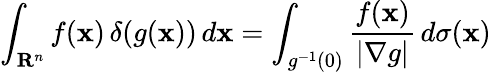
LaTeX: \int_{\mathbf{R}^{n}}f(\mathbf{x})\, \delta(g(\mathbf{x}))\, d\mathbf{x}=\int_{g^{-1}(0)}{\frac{f(\mathbf{x})}{|\mathbf{\nabla}g|}}\, d\sigma(\mathbf{x})